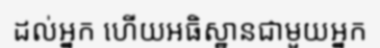
ដល់អ្នក ហើយអធិស្ឋានជាមួយអ្នក